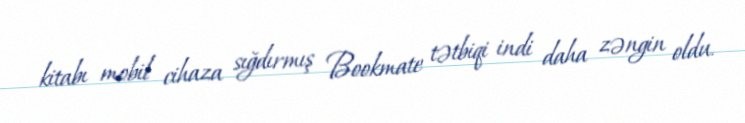
kitabı mobil cihaza sığdırmış Bookmate tətbiqi indi daha zəngin oldu.